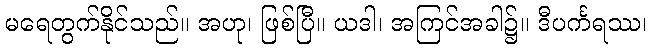
မရေတွက်နိုင်သည်။ အဟု၊ ဖြစ်ပြီ။ ယဒါ၊ အကြင်အခါ၌။ ဒီပင်္ကရဿ၊